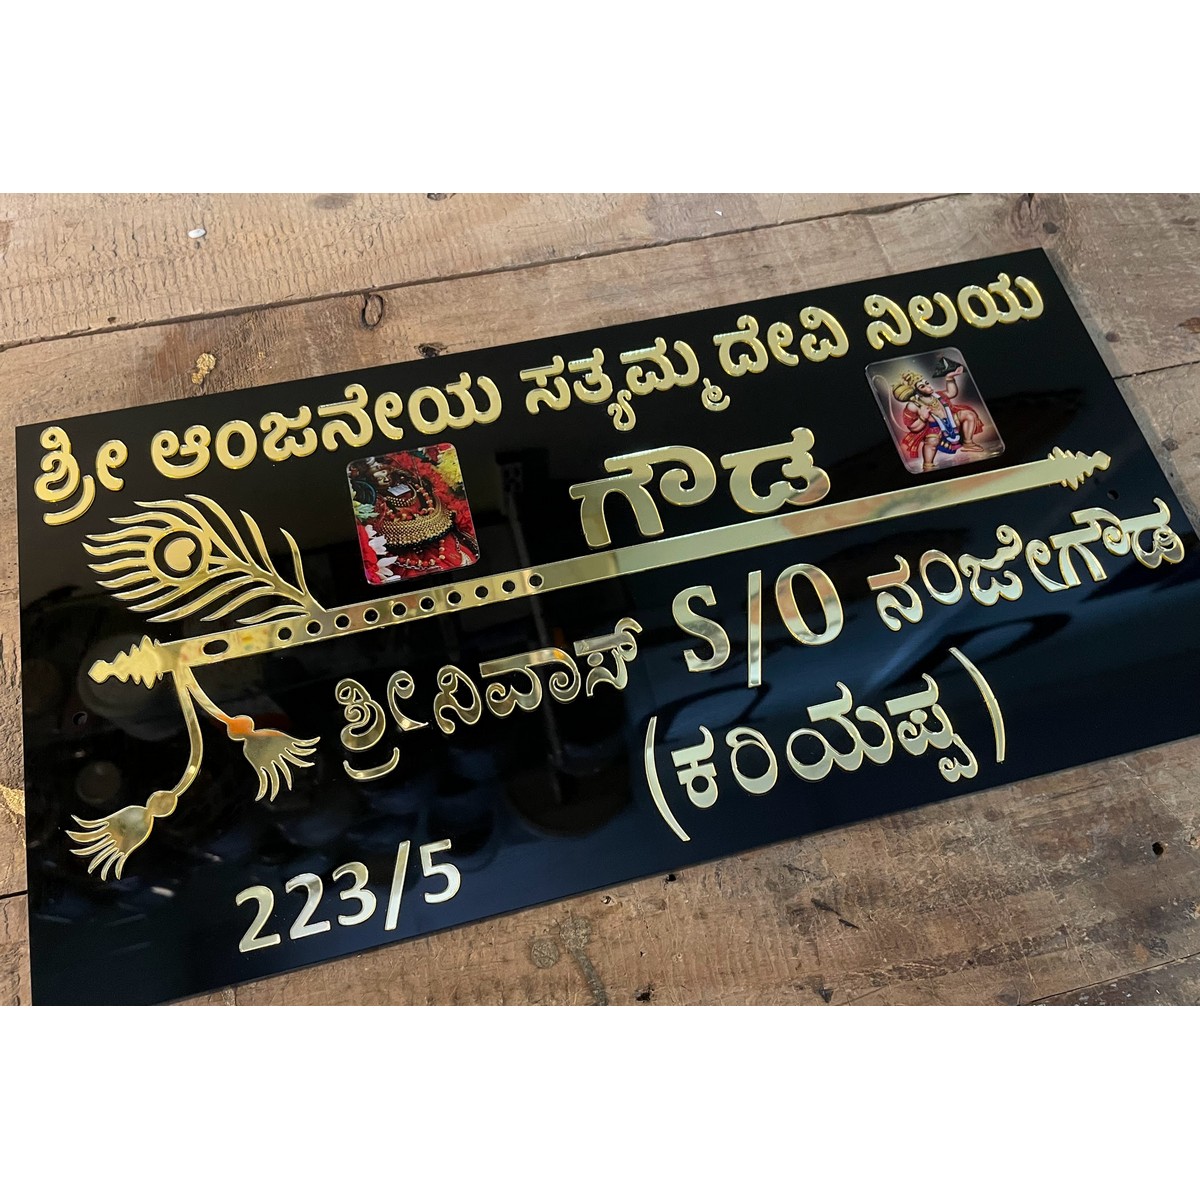
Language: kannada
Transcription: ದೇವಿ ನಿಲಯ ಶ್ರೀನಿವಾಸ್ ಕರಿಯಪ್ಪ ಶ್ರೀ ನಂಜೇಗೌಡ ಆಂಜನೇಯ ಗೌಡ ಸತ್ಯಮ್ಮ